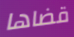
قضاها